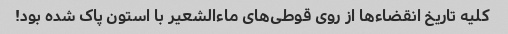
کلیه تاریخ انقضاء‌ها از روی قوطی‌های ماءالشعیر با استون پاک شده بود!